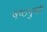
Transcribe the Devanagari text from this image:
षष्ठमुखी